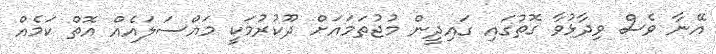
އޭނާ ވެސް ވިދާޅުވާ ގޮތުގައި ގައިދީން މުޖުތަމައަށް ދޫކުރުމަކީ މައްސަލައެއް އޮތް ކަމެއް